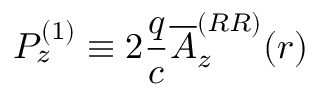
P _ { z } ^ { \left( 1 \right) } \equiv 2 \frac { q } { c } \overline { { A } } _ { z } ^ { ( R R ) } ( r )